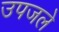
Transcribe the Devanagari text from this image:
उपजले